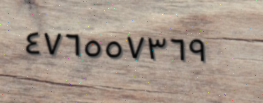
٤٧٦٥٥٧٣٦٩